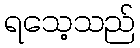
ရသေ့သည်